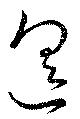
遙